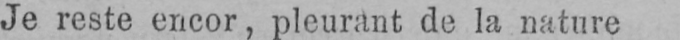
Je reste encor, pleurant de la nature